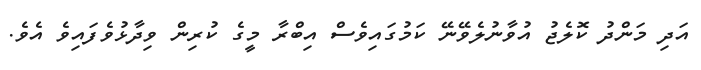
އަދި މަންދު ކޮލެޖު އުވާނުލެވޭނޭ ކަމުގައިވެސް އިބްރާ މީގެ ކުރިން ވިދާޅުވެފައިވެ އެވެ.